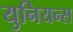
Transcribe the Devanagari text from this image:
युनियन्स